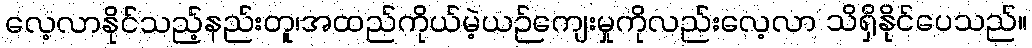
လေ့လာနိုင်သည့်နည်းတူ၊အထည်ကိုယ်မဲ့ယဉ်ကျေးမှုကိုလည်းလေ့လာ သိရှိနိုင်ပေသည်။